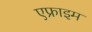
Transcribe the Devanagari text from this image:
एफ्राइम